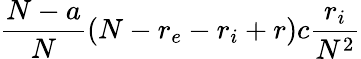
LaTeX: \frac{N-a}{N}(N-r_{e}-r_{i}+r)c\frac{r_{i}}{N^{2}}